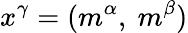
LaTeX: x^{\gamma}=(m^{\alpha},~m^{\beta})